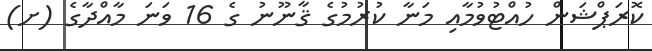
ކޮރަޕްޝަން ހުއްޓުވުމާއި މަނާ ކުރުމުގެ ޤާނޫނު ގެ 16 ވަނަ މާއްދާގެ (ށ)